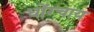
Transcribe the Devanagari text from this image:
धोंग्चाय